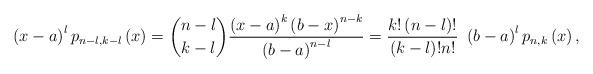
LaTeX: \begin{align*} \left( x-a\right)^{l} p_{n-l,k-l}\left( x\right) = \binom{n-l}{k-l} \frac {\left( x-a\right)^{k}\left(b -x\right) ^{n-k}}{ \left( b-a\right)^{n -l}}=\frac{k!\left( n-l\right) !}{\left( k-l\right) !n!} \ \left( b-a\right)^{l} p_{n,k}\left( x\right), \end{align*}